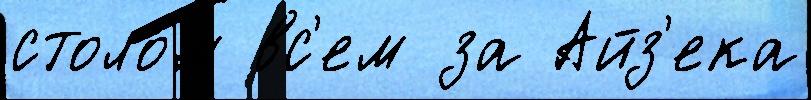
столо́м вс'ем за Айз'ека